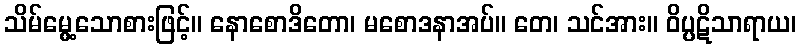
သိမ်မွေ့သောစားဖြင့်။ နောစောဒိတော၊ မစောဒနာအပ်။ တေ၊ သင်အား။ ဝိပ္ပဋိသာရာယ၊